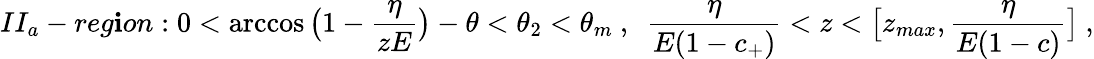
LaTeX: II_{a}-reg\mathbf{i}on:0<\operatorname{arccos}{\bigl(1-\frac{{\eta}}{{zE}}\bigr)}-\theta<\theta_{2}<\theta_{m}\ ,\ \ \frac{{\eta}}{{E(1-c_{+})}}<z<\bigl[z_{max},\frac{{\eta}}{{E(1-c)}}\bigr]\ ,